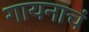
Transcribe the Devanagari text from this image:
गायनाचं